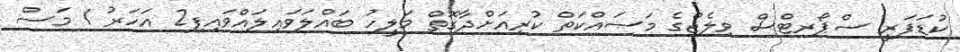
ކުޑަފަރީ ސްޕޯރޓްސް ވިލެޖްގެ މަސައްކަތް ކުރިއަށްދާގޮތް މަލީހު ބައްލަވައިލައްވައިފި2 އަހަރު 1 މަސް